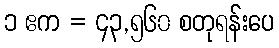
၁ ဧက = ၄၃,၅၆၀ စတုရန်းပေ